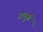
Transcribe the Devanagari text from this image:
नरबुर्ग